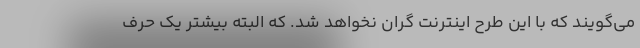
می‌گویند که با این طرح اینترنت گران نخواهد شد. که البته بیشتر یک حرف